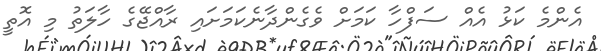
އެންމެ ކަޅު އެއް ސަފްހާ ކަމަށް ވެގެންދާނެކަމަށައި ރާއްޖޭގެ ހާލަތު މި އޮތީ